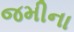
જમીના